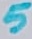
Text: 5